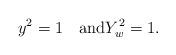
LaTeX: \begin{align*}y^2=1\quad\textrm{and}Y_w^2=1.\end{align*}